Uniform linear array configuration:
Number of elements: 12
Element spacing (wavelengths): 0.25
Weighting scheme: uniform
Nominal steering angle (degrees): -15
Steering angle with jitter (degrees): -15.862
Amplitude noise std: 0.05
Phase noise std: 0.05

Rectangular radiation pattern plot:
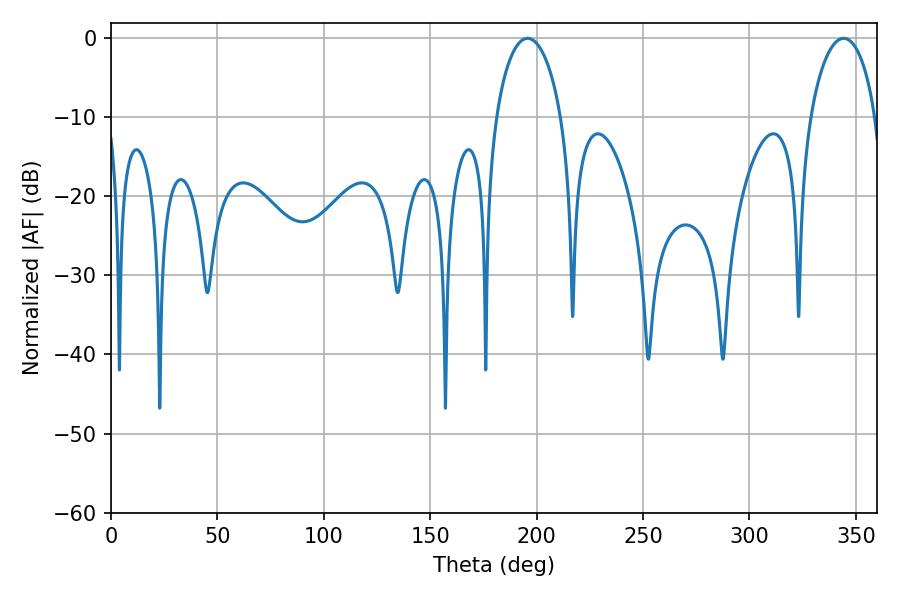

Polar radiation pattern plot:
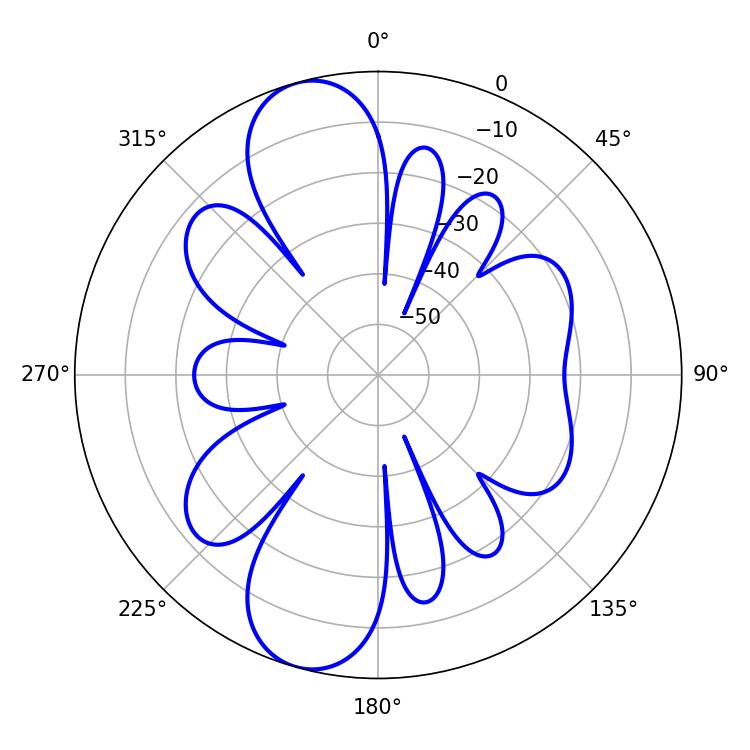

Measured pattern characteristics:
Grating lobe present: FALSE
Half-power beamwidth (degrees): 17.64
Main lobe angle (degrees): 195.66